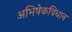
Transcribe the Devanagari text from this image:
अभिषेकविधान